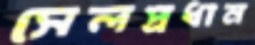
সেলপ্রধান